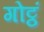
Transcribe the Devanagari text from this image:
गोट्ठं